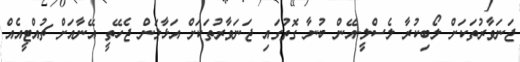
ޖަނަވާރުތަކަށް ލޯބިކުރާ ލެސްލީ-އޭން ބުނާ ގޮތުގައި ޖަނަވާރުތަކަށް އަޅާލަން ޖެހޭތީ އޭނާއަށް ޗުއްޓީއެއް